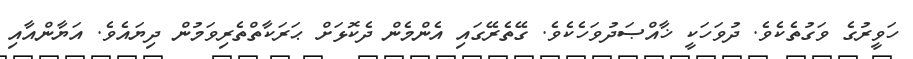
ހަވީރުގެ ވަގުތެކެވެ. ދުވަހަކީ ޚާއްޞަދުވަހެކެވެ. ގޭތެރޭގައި އެންމެން ދެކޮޅަށް ޙަރަކާތްތެރިވަމުން ދިޔައެވެ. އަޔާންއާއި